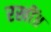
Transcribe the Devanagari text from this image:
रखीं॥